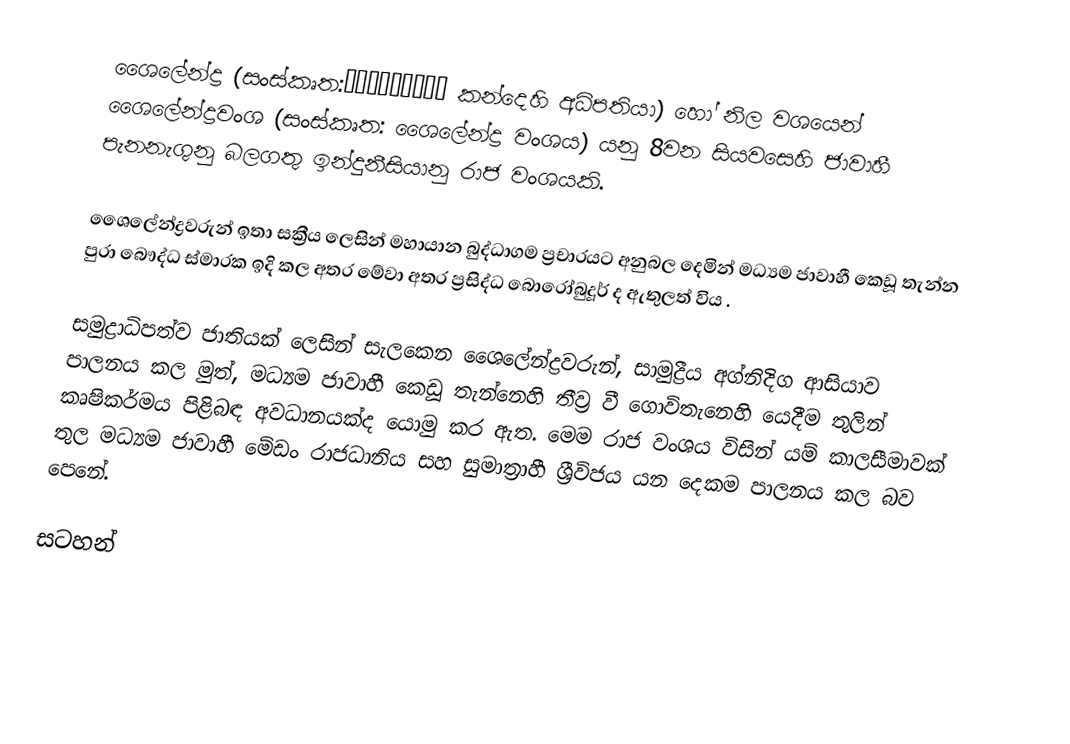
ශෛලේන්ද්‍ර (සංස්කෘත:शैलेन्द्र කන්දෙහි අධිපතියා) හෝ නිල වශයෙන් ශෛලේන්ද්‍රවංශ (සංස්කෘත: ශෛලේන්ද්‍ර වංශය) යනු 8වන සියවසෙහි ජාවාහී පැනනැගුනු බලගතු ඉන්දුනීසියානු රාජ වංශයකි.

ශෛලේන්ද්‍රවරුන් ඉතා සක්‍රීය ලෙසින් මහායාන බුද්ධාගම ප්‍රචාරයට අනුබල දෙමින්  මධ්‍යම ජාවාහී   කෙඩූ තැන්න පුරා බෞද්ධ ස්මාරක ඉදි කල අතර මේවා අතර ප්‍රසිද්ධ බොරෝබුදූර් ද ඇතුලත් විය .

සමුද්‍රාධිපත්ව ජාතියක් ලෙසින් සැලකෙන ශෛලේන්ද්‍රවරුන්, සාමුද්‍රීය අග්නිදිග ආසියාව පාලනය කල මුත්, මධ්‍යම ජාවාහී කෙඩූ තැන්නෙහි තීව්‍ර වී ගොවිතැනෙහි යෙදීම තුලින් කෘෂිකර්මය පිළිබඳ අවධානයක්ද යොමු කර ඇත. මෙම රාජ වංශය විසින් යම් කාලසීමාවක් තුල මධ්‍යම ජාවාහී මේඩං රාජධානිය සහ සුමාත්‍රාහී  ශ්‍රීවිජය යන දෙකම පාලනය කල බව පෙනේ.

සටහන්